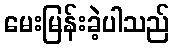
မေးမြန်းခဲ့ပါသည်